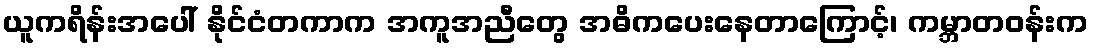
ယူကရိန်းအပေါ် နိုင်ငံတကာက အကူအညီတွေ အဓိကပေးနေတာကြောင့်၊ ကမ္ဘာတဝန်းက